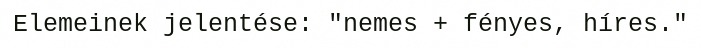
Elemeinek jelentése: "nemes + fényes, híres."